Registration of youth, 1941
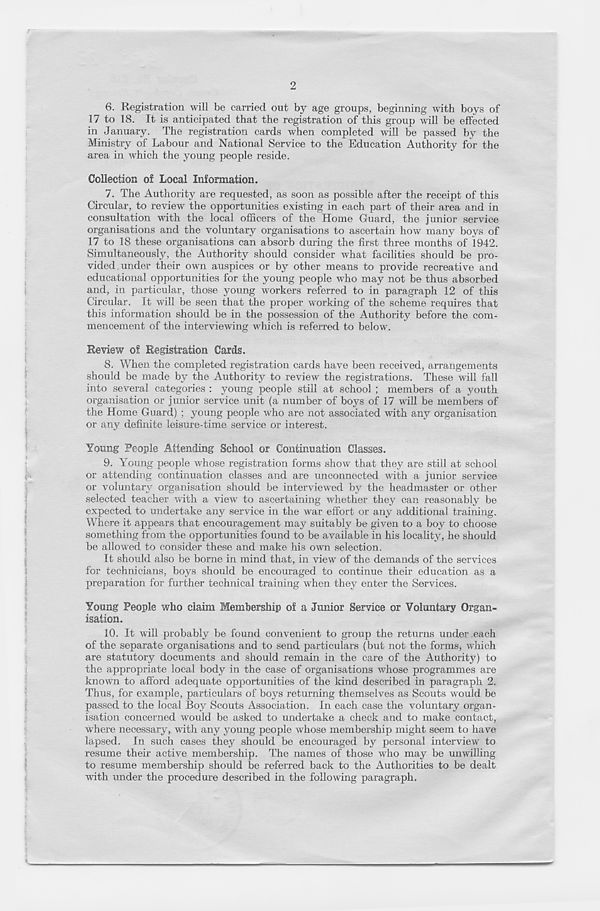
2
6. Registration will be carried out by age groups, beginning with boys of
17 to 18. It is anticipated that the registration of this group will be effected
in January. The registration cards when completed will be passed by the
Ministry of Labour and National Service to the Education Authority for the
area in which the young people reside.
Collection of Local Information.
7. The Authority are requested, as soon as possible after the receipt of this
Circular, to review the opportunities existing in each part of their area and in
consultation with the local officers of the Home Guard, the junior service
organisations and the voluntary organisations to ascertain how many boys of
17 to 18 these organisations can absorb during the first three months of 1942.
Simultaneously, the Authority should consider what facilities should be pro-
vided under their own auspices or by other means to provide recreative and
educational opportunities for the young people who may not be thus absorbed
and, in particular, those young workers referred to in paragraph 12 of this
Circular. It will be seen that the proper working of the scheme requires that
this information should be in the possession of the Authority before the com-
mencement of the interviewing which is referred to below.
Review of Registration Cards.
8. When the completed registration cards have been received, arrangements
should be made by the Authority to review the registrations. These will fall
into several categories : young people still at school ; members of a youth
organisation or junior service unit (a number of boys of 17 will be members of
the Home Guard) ; young people who are not associated with any organisation
or any definite leisure-time service or interest.
Young People Attending School or Continuation Classes.
9. Young people whose registration forms show that they are still at school
or attending continuation classes and are unconnected with a junior service
or voluntary organisation should be interviewed by the headmaster or other
selected teacher with a view to ascertaining whether they can reasonably be
expected to undertake any service in the war effort or any additional training.
Where it appears that encouragement may suitably be given to a boy to choose
something from the opportunities found to be available in his locality, he should
be allowed to consider these and make his own selection.
It should also be borne in mind that, in view of the demands of the services
for technicians, boys should be encouraged to continue their education as a
preparation for further technical training when they enter the Services.
Young People who claim Membership of a Junior Service or Voluntary Organ-
isation.
10. It will probably be found convenient to group the returns under each
of the separate organisations and to send particulars (but not the forms* which
are statutory documents and should remain in the care of the Authority) to
the appropriate local body in the case of organisations whose programmes are
known to afford adequate opportunities of the kind described in paragraph 2.
Thus, for example, particulars of boys returning themselves as Scouts would be
passed to the local Boy Scouts Association. In each case the voluntary organ-
isation concerned would be asked to undertake a check and to make contact,
where necessary, with any young people whose membership might seem to have
lapsed. In such cases they should be encouraged by personal interview to
resume their active membership. The names of those who may be unwilling
to resume membership should be referred back to the Authorities to be dealt
with under the procedure described in the following paragraph.